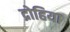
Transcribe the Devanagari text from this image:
द्रोहिया